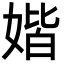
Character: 媘